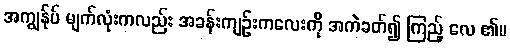
အကျွန်ုပ် မျက်လုံးကလည်း အခန်းကျဉ်းကလေးကို အကဲခတ်၍ ကြည့် လေ ၏။